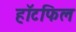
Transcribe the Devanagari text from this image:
हॉटफिल